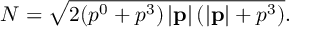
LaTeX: N = \sqrt { 2 ( p ^ { 0 } + p ^ { 3 } ) \, | \mathbf { p } | \, ( | \mathbf { p } | + p ^ { 3 } ) } .